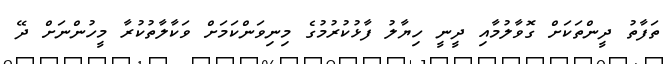
ތަފާތު ދީންތަކަށް ގޮވާލުމާއި ދީނީ ހިޔާލު ފާޅުކުރުމުގެ މިނިވަންކަމަށް ވަކާލާތުކުރާ މީހުންނަށް ދޭ